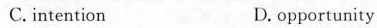
C.intention D.opportunity